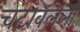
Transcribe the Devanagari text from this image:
चटावलेला